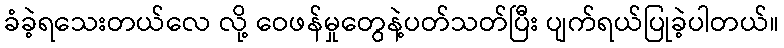
ခံခဲ့ရသေးတယ်လေ လို့ ဝေဖန်မှုတွေနဲ့ပတ်သတ်ပြီး ပျက်ရယ်ပြုခဲ့ပါတယ်။